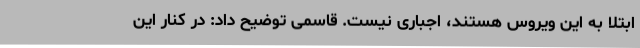
ابتلا به این ویروس هستند، اجباری نیست. قاسمی توضیح داد: در کنار این